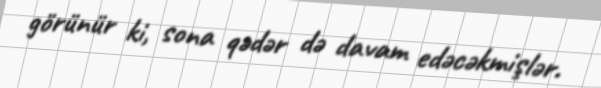
görünür ki, sona qədər də davam edəcəkmişlər.